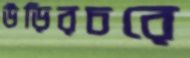
উড়িরচরে